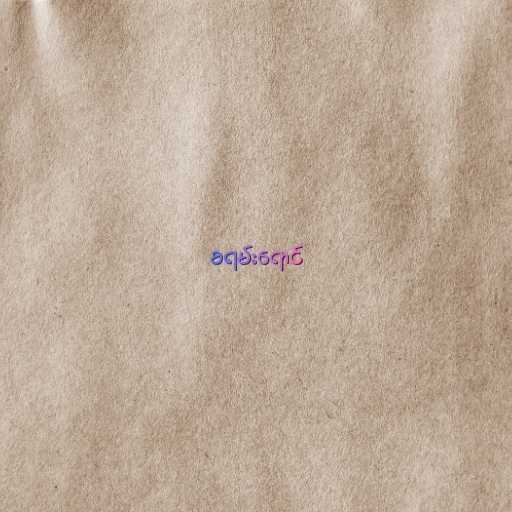
ခရမ်းရောင်